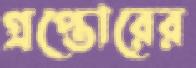
গ্রপ্তোরের